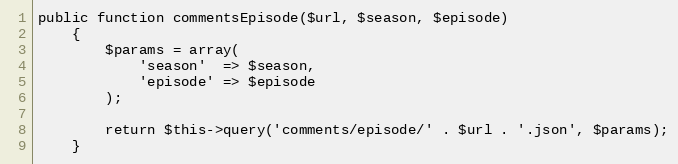
Language: PHP
public function commentsEpisode($url, $season, $episode)
    {
        $params = array(
            'season'  => $season,
            'episode' => $episode
        );

        return $this->query('comments/episode/' . $url . '.json', $params);
    }